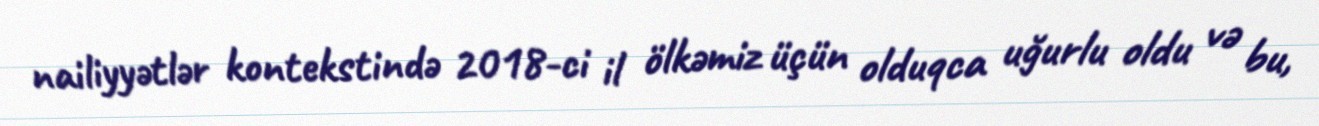
nailiyyətlər kontekstində 2018-ci il ölkəmiz üçün olduqca uğurlu oldu və bu,